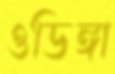
ওডিঙ্গা